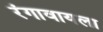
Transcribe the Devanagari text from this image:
रंगावायला